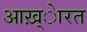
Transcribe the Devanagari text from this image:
आख़्ेारत